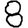
Digit: 8